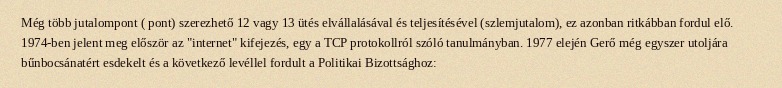
Még több jutalompont ( pont) szerezhető 12 vagy 13 ütés elvállalásával és teljesítésével (szlemjutalom), ez azonban ritkábban fordul elő. 1974-ben jelent meg először az "internet" kifejezés, egy a TCP protokollról szóló tanulmányban. 1977 elején Gerő még egyszer utoljára bűnbocsánatért esdekelt és a következő levéllel fordult a Politikai Bizottsághoz: